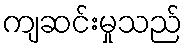
ကျဆင်းမှုသည်